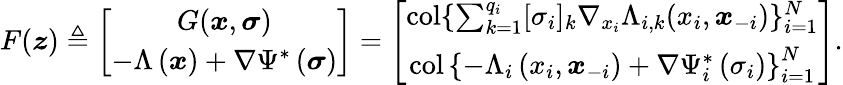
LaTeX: F(\boldsymbol{z})\triangleq\left[\begin{array}{c}{G(\boldsymbol{x},\boldsymbol{\sigma})}\\ {-\Lambda\left(\boldsymbol{x}\right)+\nabla\Psi^{*}\left(\boldsymbol{\sigma}\right)}\end{array}\right]=\left[\begin{array}{c}{\operatorname{col}\{ \sum_{k=1}^{q_{i}}[\sigma_{i}]_{k}\nabla_{x_{i}}\Lambda_{i,k}(x_{i},\boldsymbol{x}_{-i})\} _{i=1}^{N}}\\ {\operatorname{col}\left\{ -\Lambda_{i}\left(x_{i},\boldsymbol{x}_{-i}\right)+\nabla\Psi_{i}^{*}\left(\sigma_{i}\right)\right\} _{i=1}^{N}}\end{array}\right].